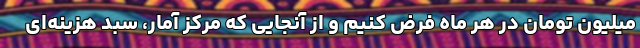
میلیون تومان در هر ماه فرض کنیم و از آنجایی که مرکز آمار، سبد هزینه‌ای